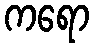
ကရော